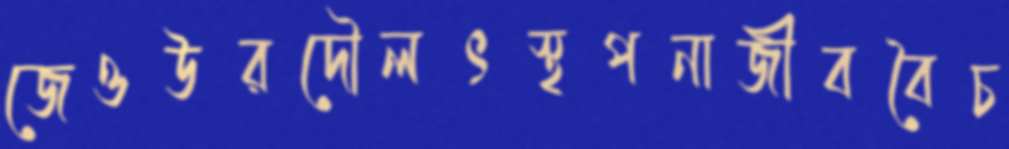
জেওউরদৌলৎস্থপনাজীববৈচ